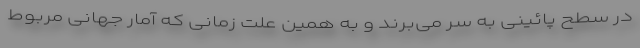
در سطح پائینی به سر می‌برند و به همین علت زمانی‌ که آمار جهانی مربوط